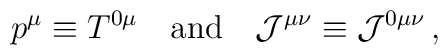
p^\mu \equiv T^{0 \mu} \quad {\rm and} \quad {\cal J}^{\mu \nu} \equiv   {\cal J}^{0 \mu \nu} \,,